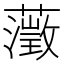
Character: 𮒎